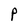
Character: P